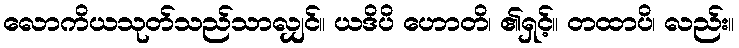
လောကိယသုတ်သည်သာလျှင်။ ယဒိပိ ဟောတိ၊ ၏ရှင့်။ တထာပိ၊ လည်း။